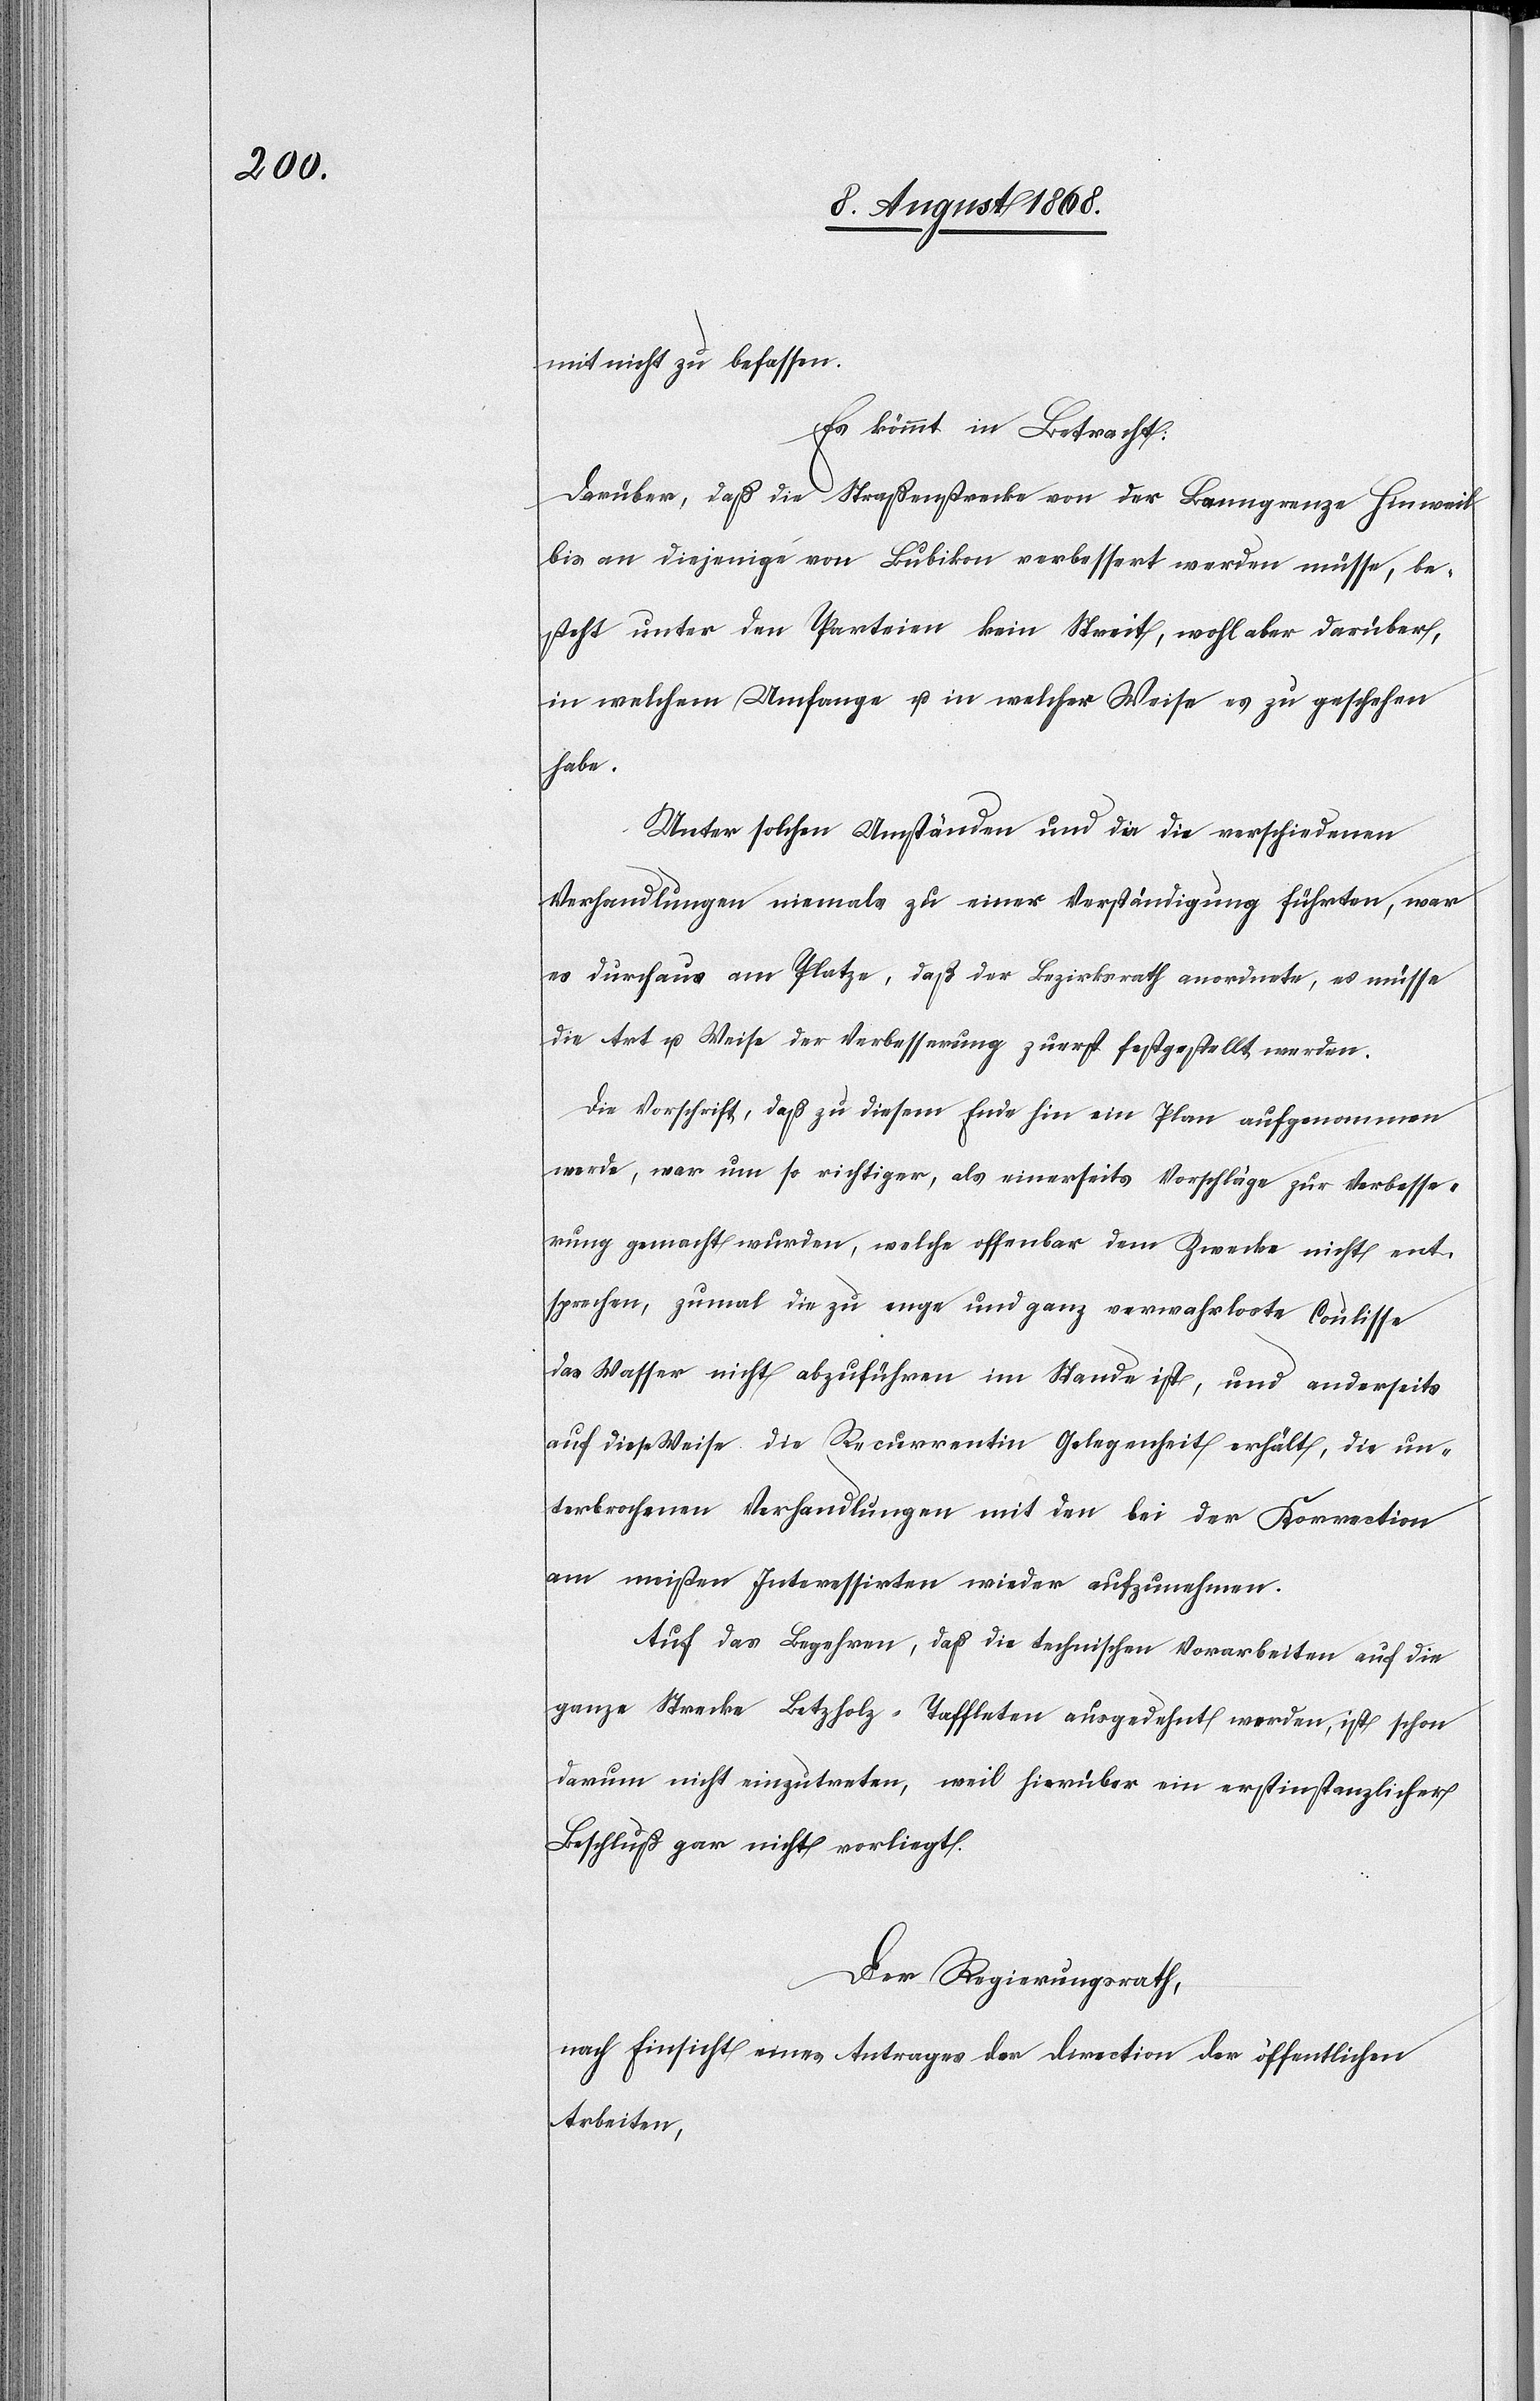
mit nicht zu befassen.
Es kömmt in Betracht:
Darüber, daß die Straßenstrecke von der Banngrenze Hinweil
bis an diejenige von Bubikon verbessert werden müsse, be¬
steht unter den Parteien kein Streit, wohl aber darüber,
in welchem Umfange u. in welcher Weise es zu geschehen
habe.
Unter solchen Umständen und da die verschiedenen
Verhandlungen niemals zu einer Verständigung führten, war
es durchaus am Platze, daß der Bezirksrath anordnete, es müsse
die Art u. Weise der Verbesserung zuerst festgestellt werden.
Die Vorschrift, daß zu diesem Ende hin ein Plan aufgenommen
werde, war um so richtiger, als einerseits Vorschläge zur Verbesse¬
rung gemacht wurden, welche offenbar dem Zwecke nicht ent¬
sprechen, zumal die zu enge und ganz verwahrloste Coulisse
das Wasser nicht abzuführen im Stande ist, und anderseits
auf diese Weise die Recurrentin Gelegenheit erhält, die un¬
terbrochenen Verhandlungen mit den bei der Korrection
am meisten Interessirten wieder aufzunehmen.
Auf das Begehren, daß die technischen Vorarbeiten auf die
ganze Strecke Betzholz–Taffleten ausgedehnt werden, ist schon
darum nicht einzutreten, weil hierüber ein erstinstanzlicher
Beschluß gar nicht vorliegt.
Der Regierungsrath,
nach Einsicht eines Antrages der Direction der öffentlichen
Arbeiten,